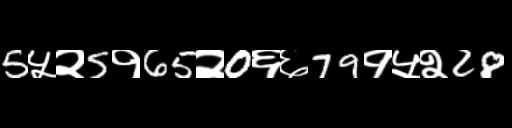
Text: 5५२5१65२0६६79१५२28